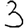
Digit: 3